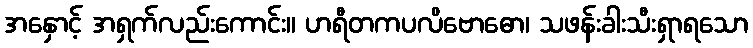
အနှောင့် အရှက်လည်းကောင်း။ ဟရီတကပလိဗောဓော၊ သဖန်းခါးသီးရှာရသော